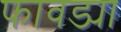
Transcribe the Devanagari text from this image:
फावड्या